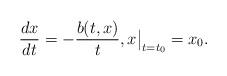
LaTeX: \begin{align*} \frac{dx}{dt}= - \frac{b(t,x)}{t}, x \bigr|_{t=t_0}=x_0. \end{align*}